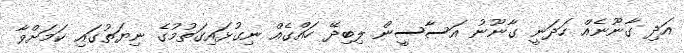
އަދި ގާނޫނެއް ހަދަނީ ގާނޫނު އަސާސީން ލިބިދޭ ހައްގެއް ނިގުޅައިގަތުމުގެ ނިޔަތުގައި ކަމަށްވާ